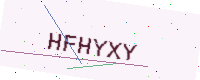
Text: HFHYXY